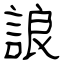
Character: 誏